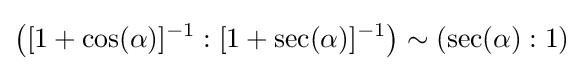
\left([1+\cos(\alpha )]^{-1}:[1+\sec(\alpha )]^{-1}\right)\sim (\sec(\alpha ):1)